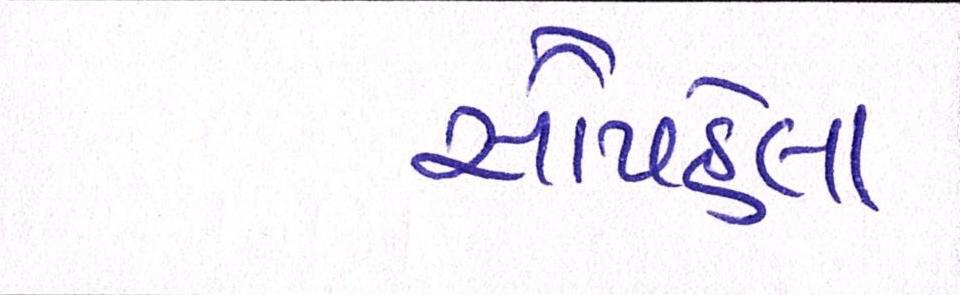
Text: સૌપહેલા